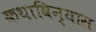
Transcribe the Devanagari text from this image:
कथाविन्यास